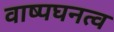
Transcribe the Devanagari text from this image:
वाष्पघनत्व